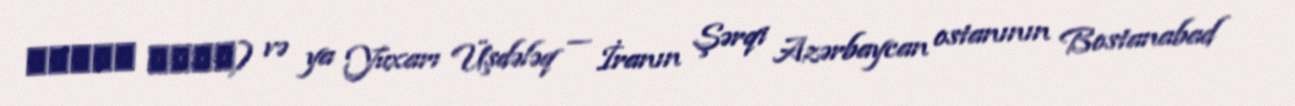
اشدلق عليا) və ya Yuxarı Üşdələq — İranın Şərqi Azərbaycan ostanının Bostanabad